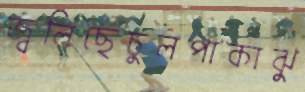
জ্বলিছেচুলপাকাঝু